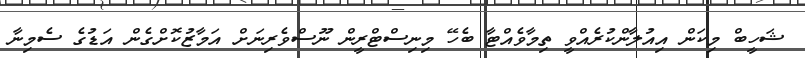
ޝަހީބް މިކަން އިއުލާންކުރެއްވީ ތިމާވެއްޓާ ބެހޭ މިނިސްޓްރީން ނޫސްވެރިނަށް އަމާޒުކޮށްގެން އަޑުގެ ސެމިނާ